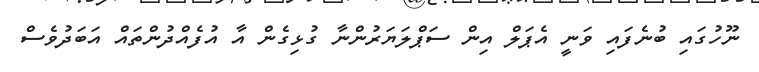
ނޫހުގައި ބުނެފައި ވަނީ އެޕަލް އިން ސަޕްލަޔަރުންނާ ގުޅިގެން އާ އުފެއްދުންތައް އަބަދުވެސް